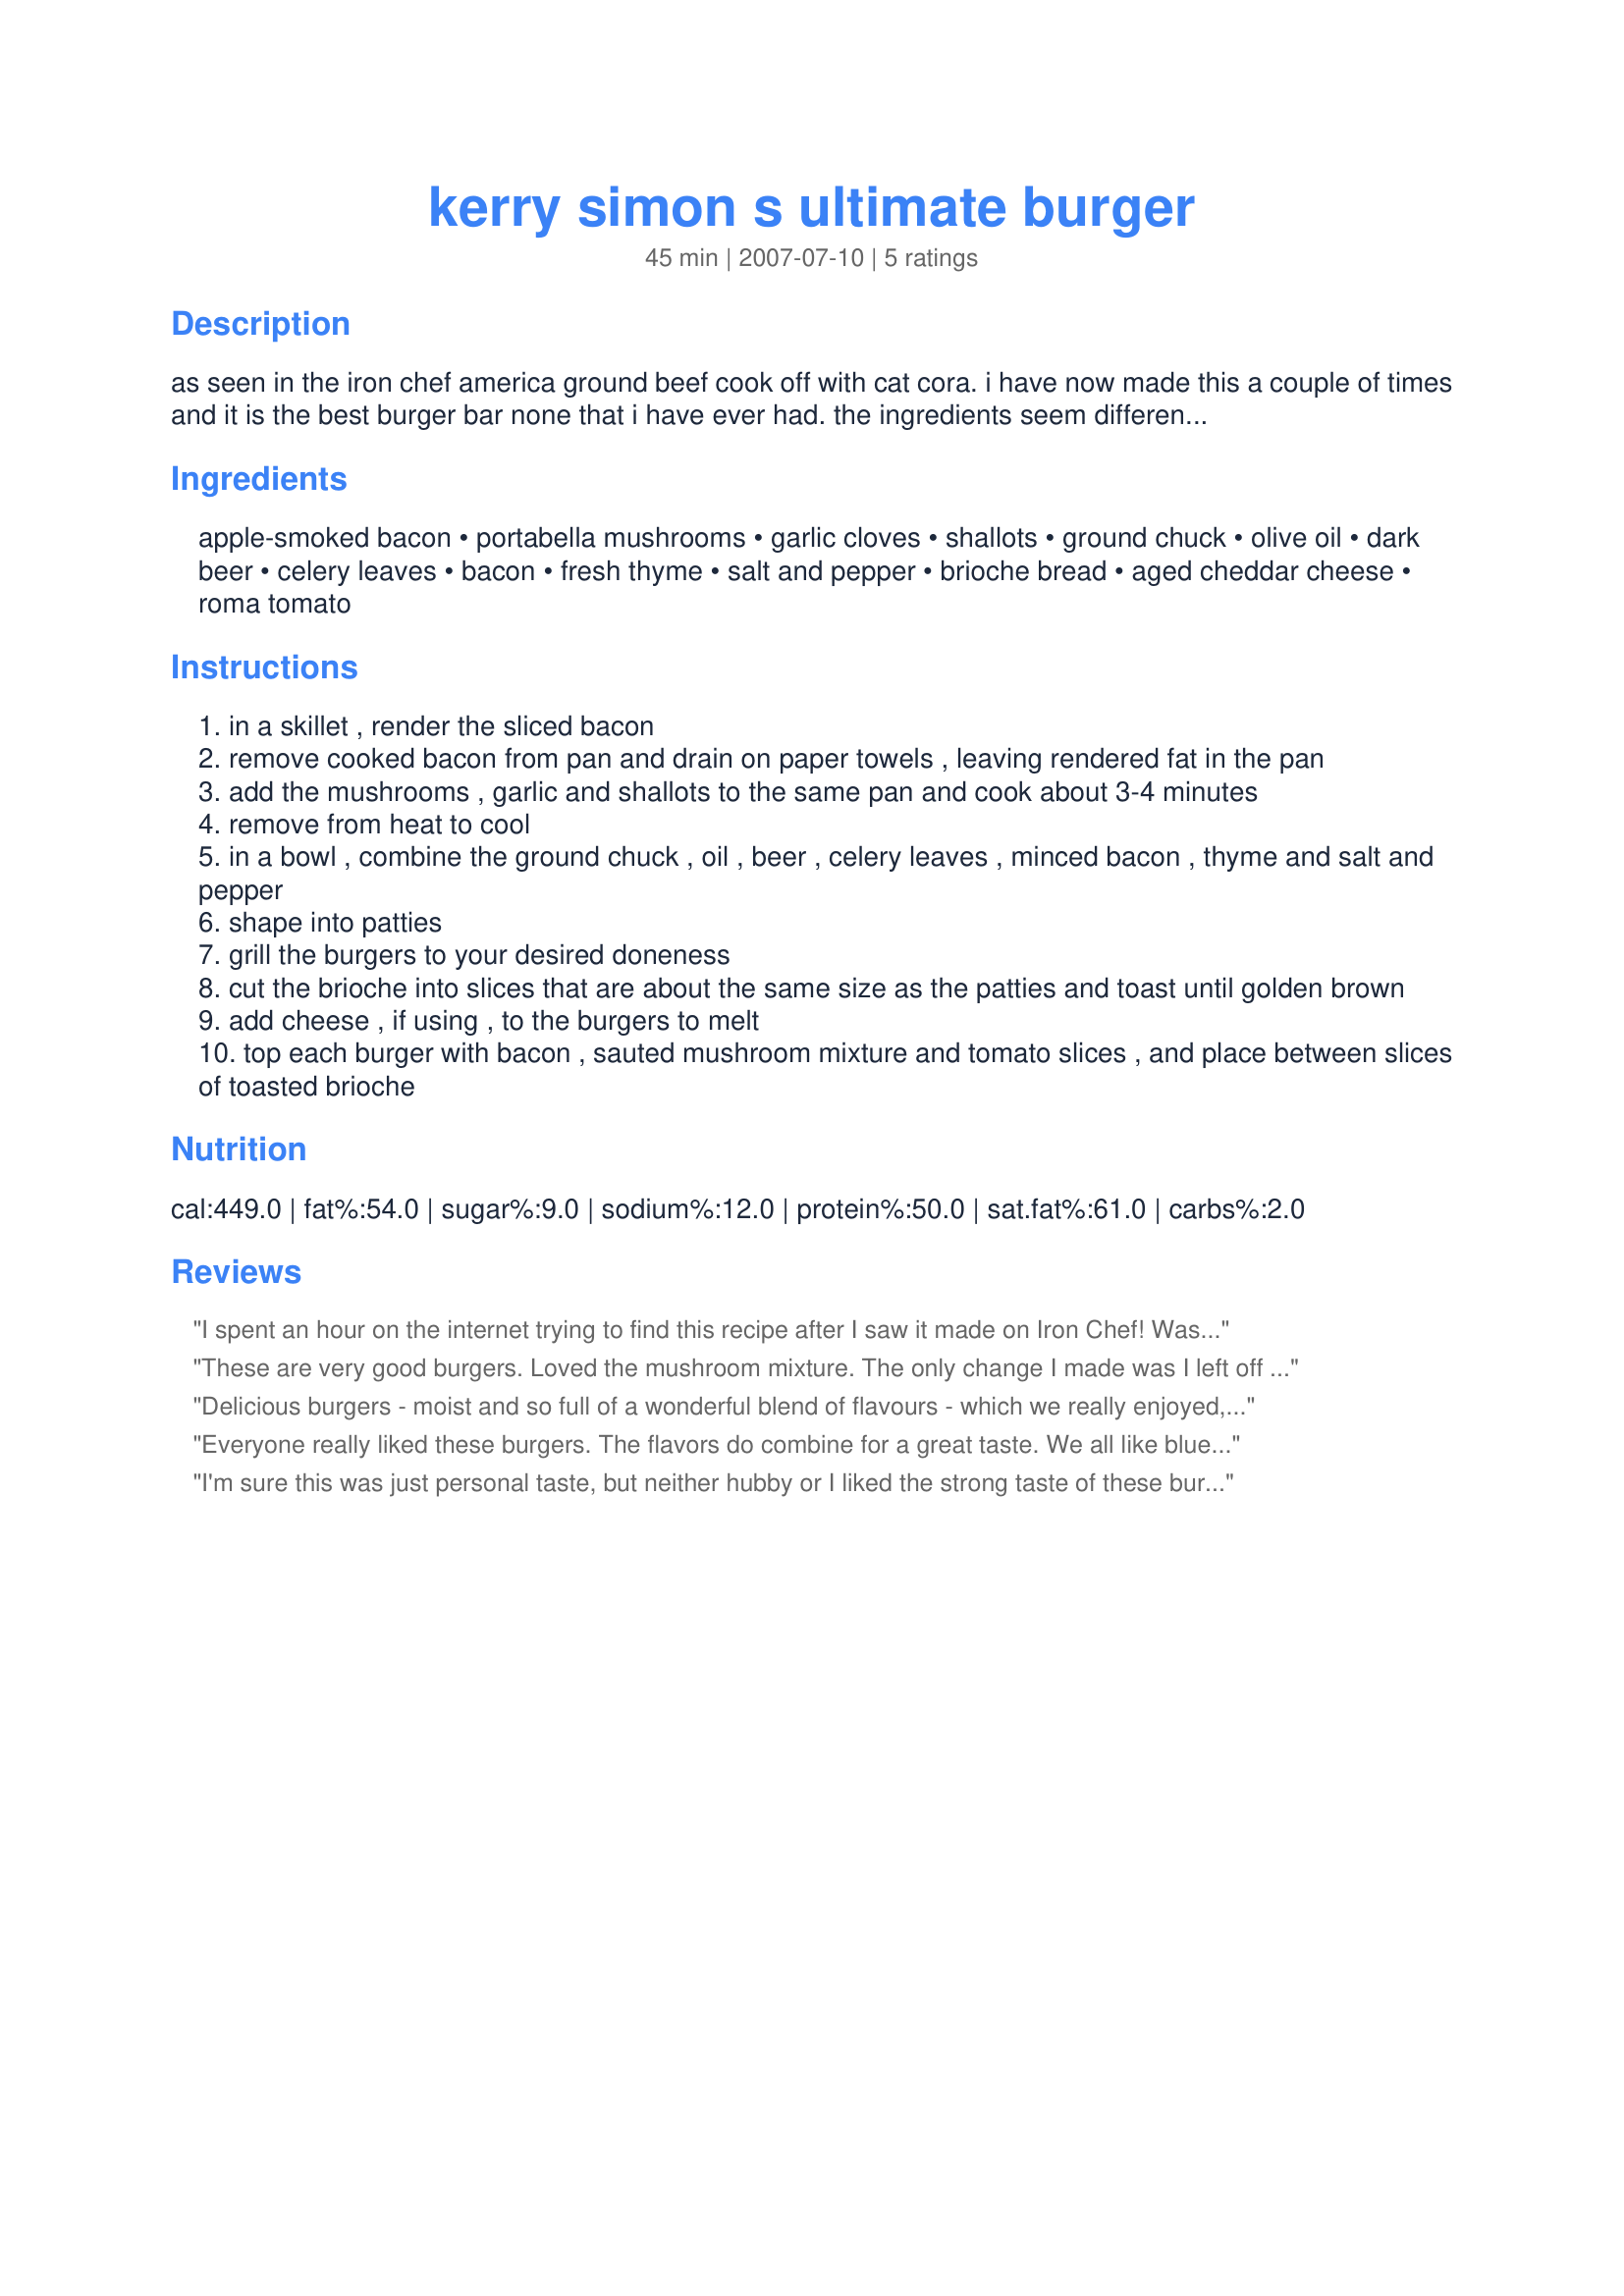
kerry simon s ultimate burger
Preparation time: 45 minutes

as seen in the iron chef america ground beef cook off with cat cora. i have now made this a couple of times and it is the best burger bar none that i have ever had. the ingredients seem different (i was tempted to not make the portobello saute and leave out the celery once) but they combine to be a burger sensation. friends ate them and then realized they hadnt touched the ketchup!!!! i do use my own buns

Ingredients:
apple-smoked bacon, portabella mushrooms, garlic cloves, shallots, ground chuck, olive oil, dark beer, celery leaves, bacon, fresh thyme, salt and pepper, brioche bread, aged cheddar cheese, roma tomato

Steps:
in a skillet , render the sliced bacon
remove cooked bacon from pan and drain on paper towels , leaving rendered fat in the pan
add the mushrooms , garlic and shallots to the same pan and cook about 3-4 minutes
remove from heat to cool
in a bowl , combine the ground chuck , oil , beer , celery leaves , minced bacon , thyme and salt and pepper
shape into patties
grill the burgers to your desired doneness
cut the brioche into slices that are about the same size as the patties and toast until golden brown
add cheese , if using , to the burgers to melt
top each burger with bacon , sauted mushroom mixture and tomato slices , and place between slices of toasted brioche

Reviews:
I spent an hour on the internet trying to find this recipe after I saw it made on Iron Chef! Was so excited when I saw it here. This is absolutely THE BEST BURGER I have ever had. Next time I will do the brioche - used regular buns and still incredible 

Thanks and kudos to MarraMamba and Recipezaar!!!!
These are very good burgers. Loved the mushroom mixture. The only change I made was I left off the celery leaves and used regular hamburger buns. thanks for sharing.
Delicious burgers - moist and so full of a wonderful blend of flavours - which we really enjoyed, served in warmed crispy ciabatta rolls, which are a much-loved favourite. I omitted the cheese (seemed like there were enough great flavours without it) and added some cucumber slices to the tomato slices, both sprinkled with lots of freshly ground black pepper. I used yummy rindless middle rashers of bacon from my Italian butcher. I would have loved to have tried apple-smoked bacon, but have never come across it. Certainly a recipe I'll be making again. Thanks for sharing another winner, Marramamba! Made for Gimme 5.
Everyone really liked these burgers. The flavors do combine for a great taste. We all like blue cheese on beef so that's what we topped our burgers with. That with the bacon was truly DEEELISH! I, too, used regular buns. Thanks for sharing your recipe, MarraMamba.
I'm sure this was just personal taste, but neither hubby or I liked the strong taste of these burgers. I made it exactly as stated except I couldn't find brioche bread so I bought fancy sandwich buns. Don't let me deter you from making these as it was probably just not to our taste. Thanks for posting Marra.
